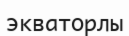
экваторлы